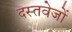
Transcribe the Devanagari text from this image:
दस्तवेजों